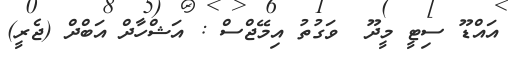
އައްޑޫ ސިޓީ މީދޫ  ވަގުތު އިމޭޖްސް : އަޝްހާދް އަބްދް (ޖެރީ)